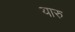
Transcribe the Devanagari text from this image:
यारु